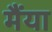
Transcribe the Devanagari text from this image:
मैंया